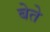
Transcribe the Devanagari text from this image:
बेते